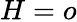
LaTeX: H=o